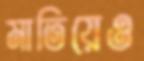
মাতিয়েও